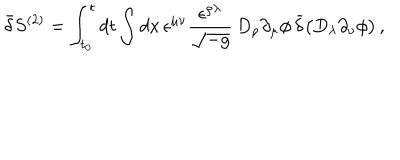
LaTeX: \bar { \delta } S ^ { ( 2 ) } = \int _ { t _ { 0 } } ^ { t } d t \int d x \, \epsilon ^ { \mu \nu } \frac { \epsilon ^ { \rho \lambda } } { \sqrt { - g } } \, D _ { \rho } \partial _ { \mu } \phi \, \bar { \delta } \bigl ( D _ { \lambda } \partial _ { \nu } \phi \bigr ) \, ,